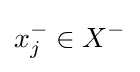
x_{j}^{-}\in X^{-}